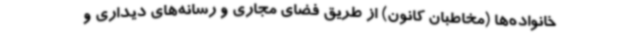
خانواده‌ها (مخاطبان کانون) از طریق فضای مجاری و رسانه‌های دیداری و